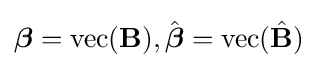
{\boldsymbol {\beta }}=\operatorname {vec} (\mathbf {B} ),{\hat {\boldsymbol {\beta }}}=\operatorname {vec} ({\hat {\mathbf {B} }})